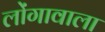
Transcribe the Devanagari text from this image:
लोंगावाला